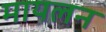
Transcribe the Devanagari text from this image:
मायलन